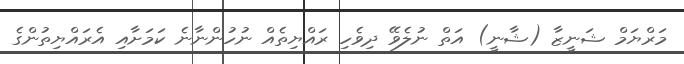
މަރްޔަމް ޝަނީޒާ (ޝާނީ) އަތް ނުލެވޭ ދިވެހި ރައްޔިތެއް ނުހުންނާނެ ކަމަށާއި އެރައްޔިތުންގެ